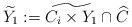
LaTeX: \begin{align*}\widetilde{Y_1}:=\widetilde{C_i \times Y_1} \cap \widehat{C}\end{align*}